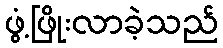
ဖွံ့ဖြိုးလာခဲ့သည်